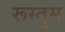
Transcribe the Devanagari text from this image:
रूस्तुम